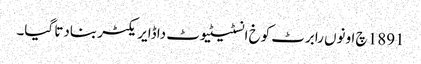
1891 چ اونوں رابرٹ کوخ انسٹیٹیوٹ دا ڈایریکٹر بنادتا گیا۔